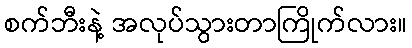
စက်ဘီးနဲ့ အလုပ်သွားတာကြိုက်လား။